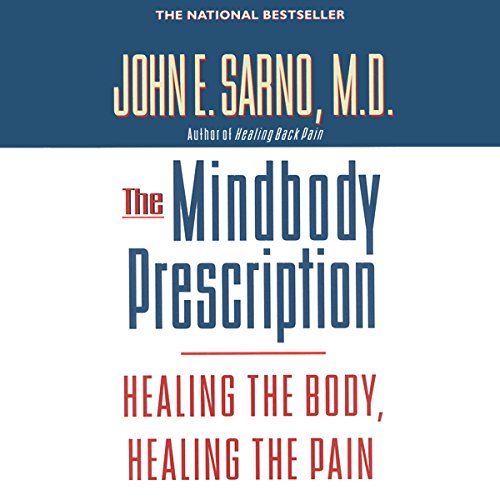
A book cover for The Mindbody Prescription: Healing the Body, Healing the Pain; M.D. John E. Sarno; Health, Fitness & Dieting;